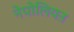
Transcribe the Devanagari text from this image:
नेपोलियऩ